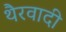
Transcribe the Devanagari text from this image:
थैरवादी